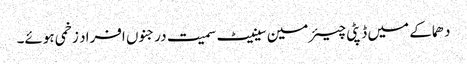
دھماکے میں ڈپٹی چیئرمین سینیٹ سمیت درجنوں افراد زخمی ہوئے۔